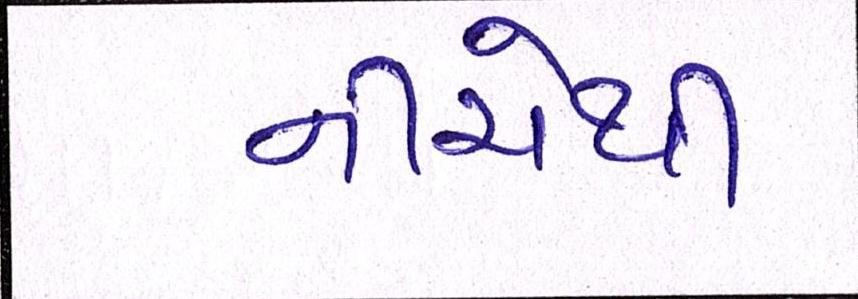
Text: નીચેથી